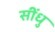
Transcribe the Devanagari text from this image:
सींधु